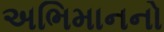
અભિમાનનો